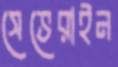
সেভেরাইন